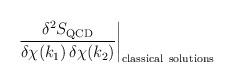
LaTeX: \begin{align*}\frac{\delta^2 S_{\rm QCD}}{\delta\chi(k_1) \, \delta\chi(k_2)} \biggr|_{\rm classical\ solutions}\end{align*}